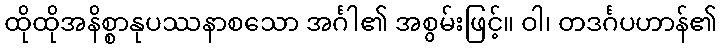
ထိုထိုအနိစ္စာနုပဿနာစသော အင်္ဂါ၏ အစွမ်းဖြင့်။ ဝါ၊ တဒင်္ဂပဟာန်၏